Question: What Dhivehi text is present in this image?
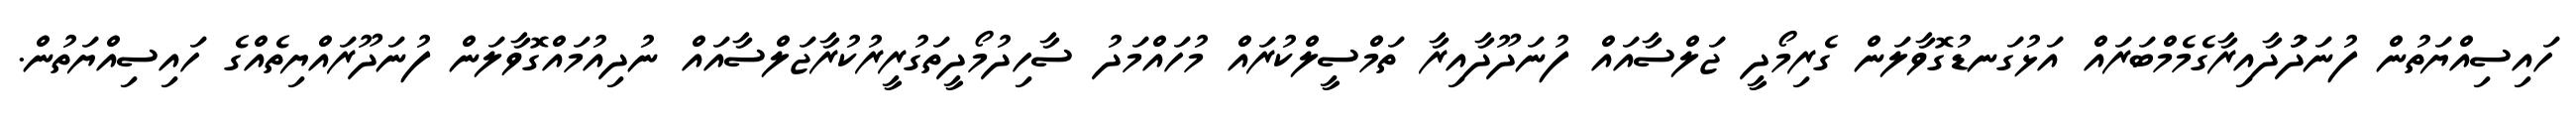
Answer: ހައިސިއްޔަތުން ފުނަދަުދާއިރާގެމެމްބަރައް އަޅުގަނޑުގޮވާލަން ގެރިމޯދީ ޖަލްސާއައް ފުނަދޫދާއިރާ ތަމްސީލްކުރައް މުހައްމަދު ސާހިދުމޯދީތަގުރީރުކުރާޖަލްސާއައް ނުދިއުމައްގޮވާލަން ފުނަދޫރައްޔިތެއްގެ ހައިސިއްޔަތުން.